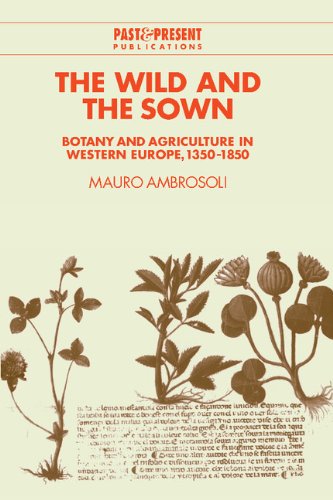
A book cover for The Wild and the Sown: Botany and Agriculture in Western Europe, 1350-1850 (Past and Present Publications); Mauro Ambrosoli; Crafts, Hobbies & Home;